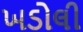
ખડોલી